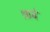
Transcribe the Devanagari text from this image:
श्राबे